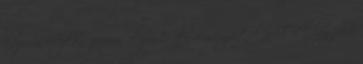
közepén Ajkán, június elején Érden versenyeztek a TTC legjobb